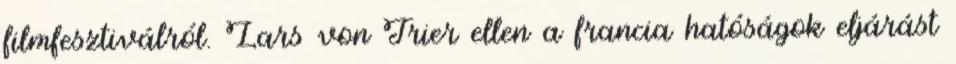
filmfesztiválról. Lars von Trier ellen a francia hatóságok eljárást